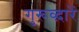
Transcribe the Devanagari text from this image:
गुरूव्‍द़ारें